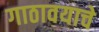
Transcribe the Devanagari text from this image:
गाठावयाचे